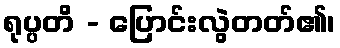
ရုပ္ပတိ - ပြောင်းလွဲတတ်၏၊